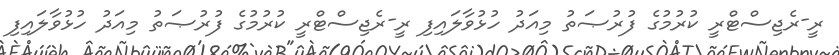
ރީ-ރެޖިސްޓްރީ ކުރުމުގެ ފުރުޞަތު މިއަދު ހުޅުވާލައިފި ރީ-ރެޖިސްޓްރީ ކުރުމުގެ ފުރުޞަތު މިއަދު ހުޅުވާލައިފި